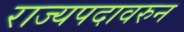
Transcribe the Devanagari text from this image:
राज्यपदावरुन